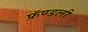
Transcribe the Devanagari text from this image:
फ्रॅण्डली